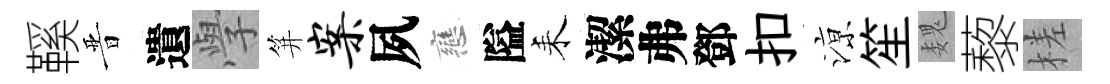
鞵晋遺𭓕笄案夙戀隘耒潔弗鄧扣鿌笙魏藜槎